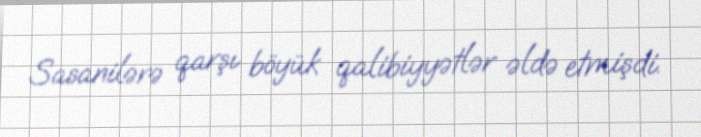
Sasanilərə qarşı böyük qalibiyyətlər əldə etmişdi.